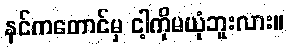
နင်ကတောင်မှ ငါ့ကိုမယုံဘူးလား။